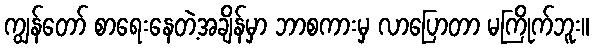
ကျွန်တော် စာရေးနေတဲ့အချိန်မှာ ဘာစကားမှ လာပြောတာ မကြိုက်ဘူး။